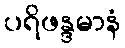
ပရိဖန္ဒမာနံ